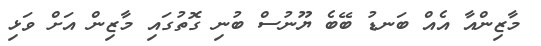
މާޒިންއާ އެއް ބަނޑު ބޭބެ ޔޫނުސް ބުނި ގޮތުގައި މާޒިން އަށް ވަޅި